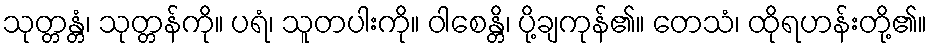
သုတ္တန္တံ၊ သုတ္တန်ကို။ ပရံ၊ သူတပါးကို။ ဝါစေန္တိ၊ ပို့ချကုန်၏။ တေသံ၊ ထိုရဟန်းတို့၏။